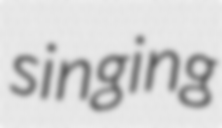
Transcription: singing